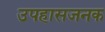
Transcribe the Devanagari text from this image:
उपहासजनक